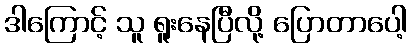
ဒါကြောင့် သူ ရူးနေပြီလို့ ပြောတာပေါ့